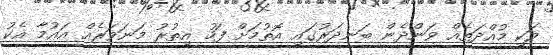
ވަކި މުއްދަތެއް ވަންދެން ބަނދަރުގައި އޮތުމަށް ފަހު އިތުރު މަނަވަރެއް އައުމާ އެކު